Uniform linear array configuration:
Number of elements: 24
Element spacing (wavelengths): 0.5
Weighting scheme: hann
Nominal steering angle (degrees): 45
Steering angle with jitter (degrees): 45.458
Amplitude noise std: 0.05
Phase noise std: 0.05

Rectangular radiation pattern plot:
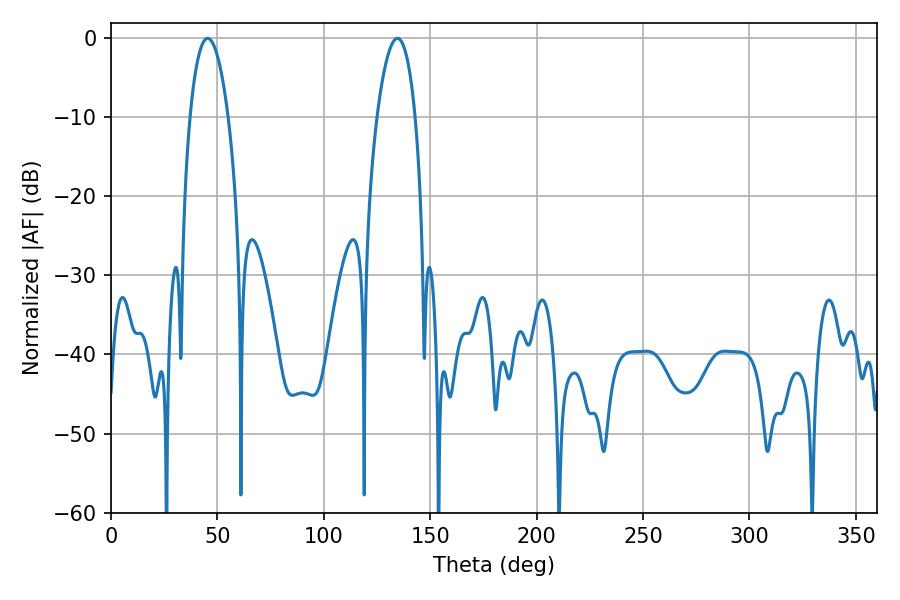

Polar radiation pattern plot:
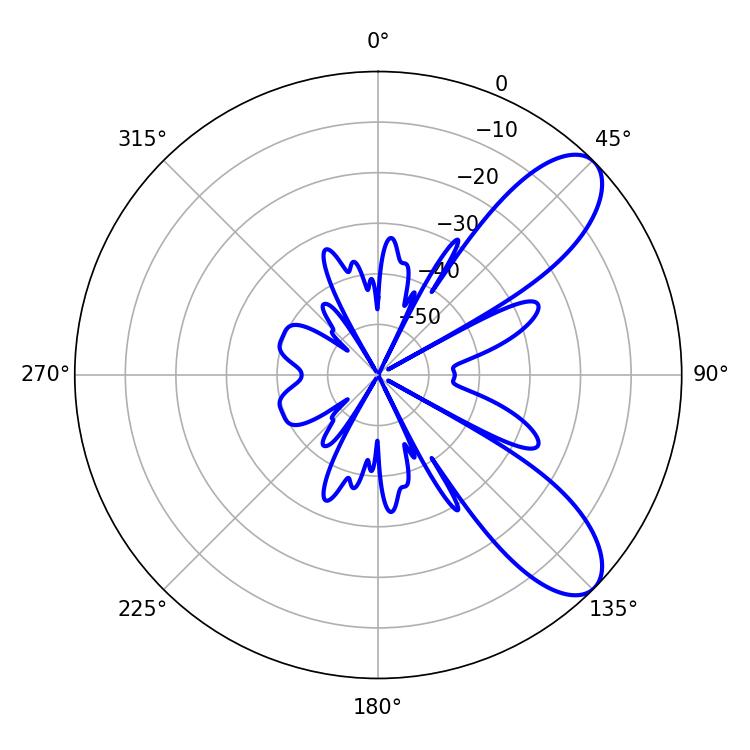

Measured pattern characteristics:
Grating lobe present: FALSE
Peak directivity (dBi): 8.753
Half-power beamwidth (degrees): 9.9
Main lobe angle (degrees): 45.36